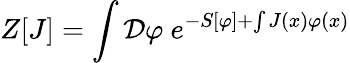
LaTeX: Z[J]=\int{\cal D}\varphi\ e^{-S[\varphi]+\int J(x)\varphi(x)}